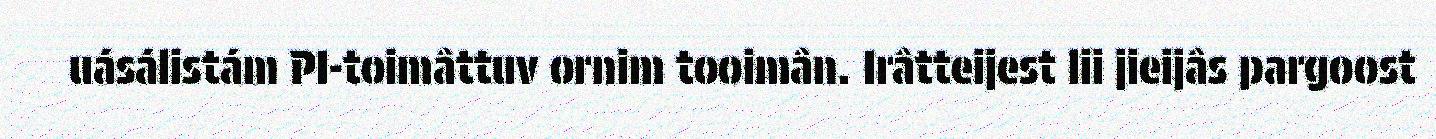
uásálistám PI-toimâttuv ornim tooimân. Irâtteijest lii jieijâs pargoost